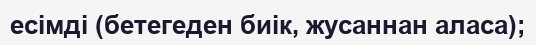
есімді (бетегеден биік, жусаннан аласа);